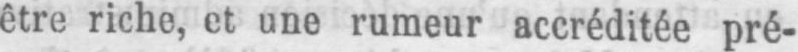
être riche, et une rumeur accréditée pré-